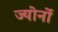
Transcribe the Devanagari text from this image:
ज्योर्नो